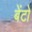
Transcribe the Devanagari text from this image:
बेंटो